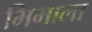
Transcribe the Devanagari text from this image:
भिमाला